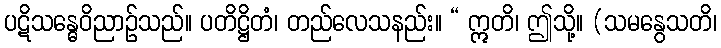
ပဋိသန္ဓေဝိညာဉ်သည်။ ပတိဋ္ဌိတံ၊ တည်လေသနည်း။ “ ဣတိ၊ ဤသို့။ (သမနွေသတိ၊